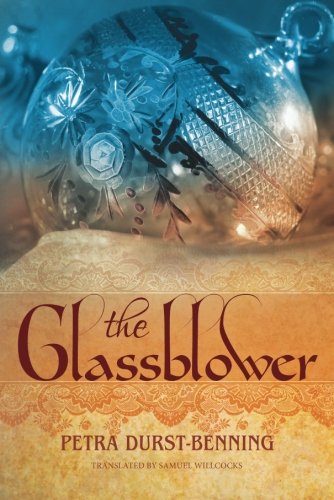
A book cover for The Glassblower (The Glassblower Trilogy); Petra Durst-Benning; Romance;